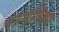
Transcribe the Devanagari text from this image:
परभृतिका